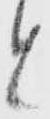
と